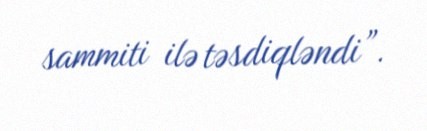
sammiti ilə təsdiqləndi”.